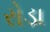
રોડા